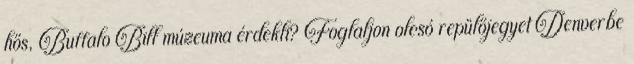
hős, Buffalo Bill múzeuma érdekli? Foglaljon olcsó repülőjegyet Denverbe